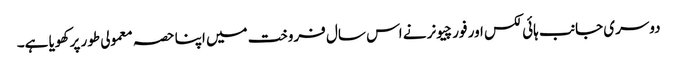
دوسری جانب ہائی لکس اور فورچیونر نے اس سال فروخت میں اپنا حصہ معمولی طور پر کھویا ہے۔